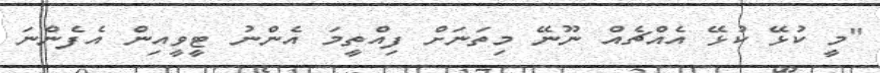
"މީ ކުޅޭ ކުޅޭ އެއްޗެއް ނޫނޭ މިތަނަށް ފިއްތީމަ އެންނު ޓީވީއިން އެފެންނަ